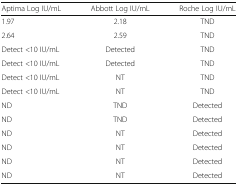
<table><thead><tr><td><b>Aptima Log IU/mL</b></td><td><b>Abbott Log IU/mL</b></td><td><b>Roche Log IU/mL</b></td></tr></thead><tbody><tr><td>1.97</td><td>2.18</td><td>TND</td></tr><tr><td>2.64</td><td>2.59</td><td>TND</td></tr><tr><td>Detect &lt;10 IU/mL</td><td>Detected</td><td>TND</td></tr><tr><td>Detect &lt;10 IU/mL</td><td>Detected</td><td>TND</td></tr><tr><td>Detect &lt;10 IU/mL</td><td>NT</td><td>TND</td></tr><tr><td>Detect &lt;10 IU/mL</td><td>NT</td><td>TND</td></tr><tr><td>ND</td><td>TND</td><td>Detected</td></tr><tr><td>ND</td><td>TND</td><td>Detected</td></tr><tr><td>ND</td><td>NT</td><td>Detected</td></tr><tr><td>ND</td><td>NT</td><td>Detected</td></tr><tr><td>ND</td><td>NT</td><td>Detected</td></tr><tr><td>ND</td><td>NT</td><td>Detected</td></tr></tbody></table>